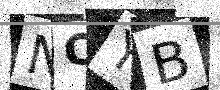
Text: NCYB